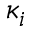
\kappa _ { i }